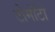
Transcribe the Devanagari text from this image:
टोमॉटो